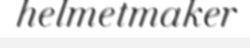
helmetmaker